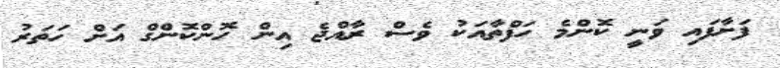
ފަށާފައި ވަނީ ކޮންމެ ހަފްތާއަކު ވެސް ރާއްޖެ އިން ހޮންކޮންގް އަށް ހަތަރު